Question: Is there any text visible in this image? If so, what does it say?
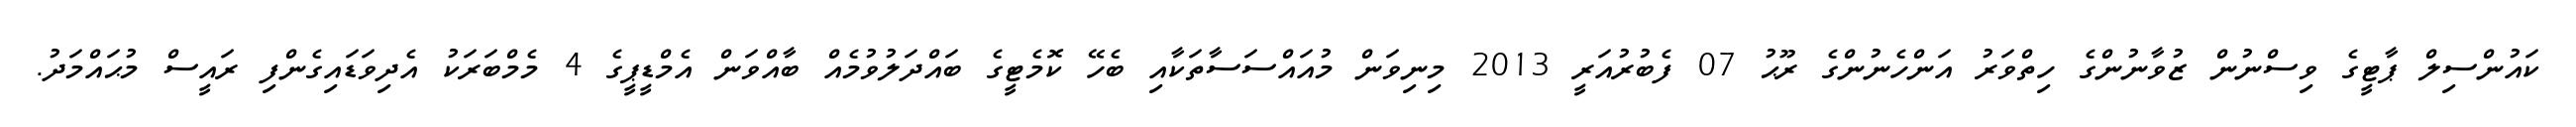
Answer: ކައުންސިލް ޕާޓީގެ ވިސްނުން ޒުވާނުންގެ ހިތްވަރު އަންހެނުންގެ ރޫޙު 07 ފެބުރުއަރީ 2013 މިނިވަން މުއައްސަސާތަކާއި ބެހޭ ކޮމެޓީގެ ބައްދަލުވުމެއް ބާއްވަން އެމްޑީޕީގެ 4 މެމްބަރަކު އެދިވަޑައިގެންފި ރައީސް މުޙައްމަދު.